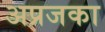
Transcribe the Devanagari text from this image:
अप्रजका